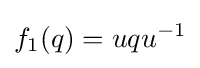
f_{1}(q)=uqu^{-1}